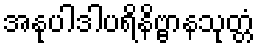
အနုပါဒါပရိနိဗ္ဗာနသုတ္တံ